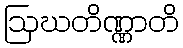
ဩဃတိဏ္ဏာတိ